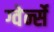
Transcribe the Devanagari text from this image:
ग्वेर्न्से